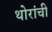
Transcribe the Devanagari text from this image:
थोरांची